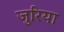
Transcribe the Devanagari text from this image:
जुरिया